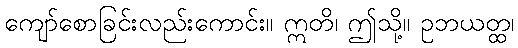
ကျော်စောခြင်းလည်းကောင်း။ ဣတိ၊ ဤသို့။ ဥဘယတ္ထ၊